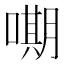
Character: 𭊫